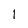
Character: I